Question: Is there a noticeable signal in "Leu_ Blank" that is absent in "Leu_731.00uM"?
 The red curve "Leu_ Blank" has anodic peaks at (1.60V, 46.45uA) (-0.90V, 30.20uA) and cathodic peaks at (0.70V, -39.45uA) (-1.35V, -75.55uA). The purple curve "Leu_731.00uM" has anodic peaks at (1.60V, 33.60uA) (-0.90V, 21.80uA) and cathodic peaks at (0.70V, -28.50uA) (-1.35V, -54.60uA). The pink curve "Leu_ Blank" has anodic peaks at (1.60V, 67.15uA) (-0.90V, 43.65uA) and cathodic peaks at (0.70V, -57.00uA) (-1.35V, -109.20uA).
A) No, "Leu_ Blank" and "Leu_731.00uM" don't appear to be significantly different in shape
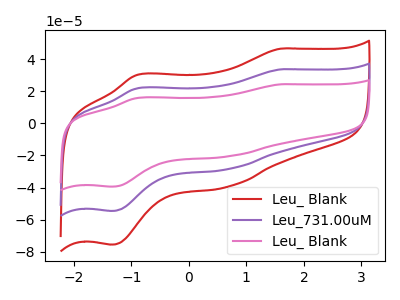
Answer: <think>All the peaks in "Leu_ Blank" have a peak in "Leu_731.00uM" at the same potential. Every peak in "Leu_ Blank" is higher than every peak in "Leu_731.00uM".
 </think>
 <answer>A) No, "Leu_ Blank" and "Leu_731.00uM" don't appear to be significantly different in shape</answer>
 <eval>A</eval>